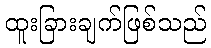
ထူးခြားချက်ဖြစ်သည်